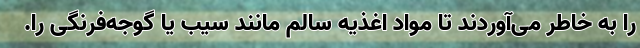
را به خاطر می‌آوردند تا مواد اغذیه سالم مانند سیب یا گوجه‌فرنگی را.